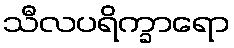
သီလပရိက္ခာရော